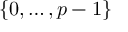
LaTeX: \{ 0 , \ldots , p - 1 \}